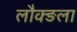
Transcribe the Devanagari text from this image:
लौक्ङला